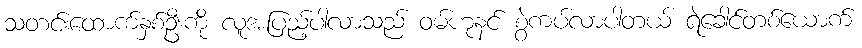
သတင်းထောက်နှစ်ဦးကို လူအပြည့်ပါလာသည် ဝမ်ဟုနင် စွဲကပ်လာပါတယ် ရဲခေါင်တစ်ယောက်